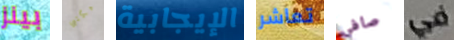
بينز مكتبي الإيجابية تعاشر صافي في